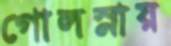
গোলস্নায়